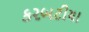
કરબટીયા